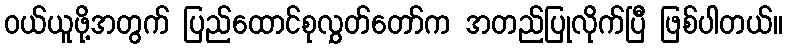
ဝယ်ယူဖို့အတွက် ပြည်ထောင်စုလွှတ်တော်က အတည်ပြုလိုက်ပြီ ဖြစ်ပါတယ်။